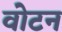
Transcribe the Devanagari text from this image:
वोटन